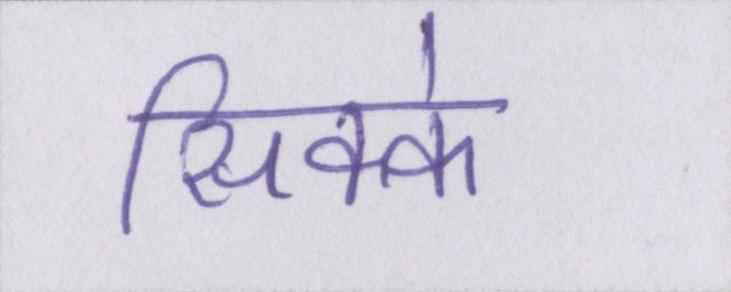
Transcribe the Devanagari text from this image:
सिक्के